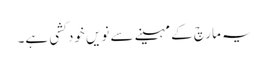
یہ مارچ کے مہینے سے نویں خود کشی ہے۔